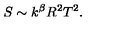
S \sim k ^ { \beta } R ^ { 2 } T ^ { 2 } .